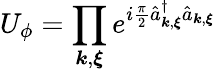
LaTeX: U_{\phi}=\prod_{{\boldsymbol k},{\boldsymbol\xi}}e^{i\frac{\pi}{2}\hat{a}_{{\boldsymbol k},{\boldsymbol\xi}}^{\dagger}\hat{a}_{{\boldsymbol k},{\boldsymbol\xi}}}